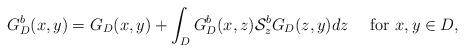
LaTeX: \begin{align*}G^{b}_{D}(x,y)=G_{D}(x,y)+\int_{D}G^{b}_{D}(x,z)\mathcal{S}^{b}_{z}G_{D}(z,y)dz\quad\mbox{ for }x,y\in D,\end{align*}